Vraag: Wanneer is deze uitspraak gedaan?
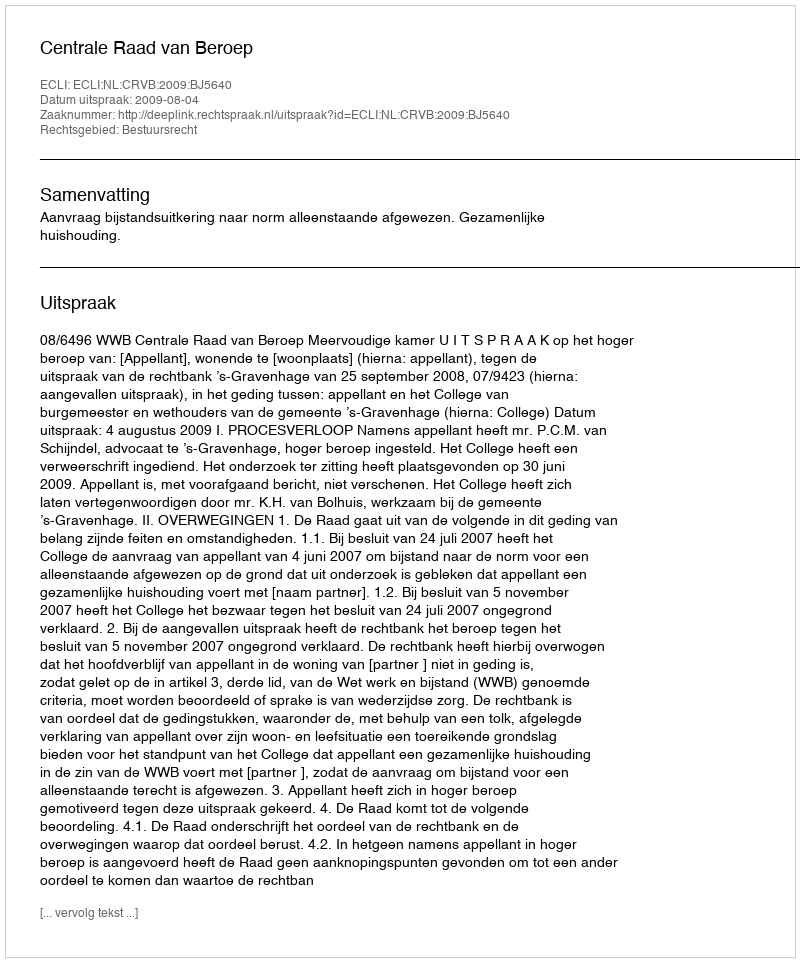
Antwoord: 2009-08-04